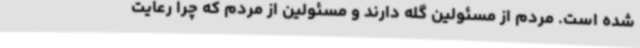
شده است. مردم از مسئولین گله دارند و مسئولین از مردم که چرا رعایت